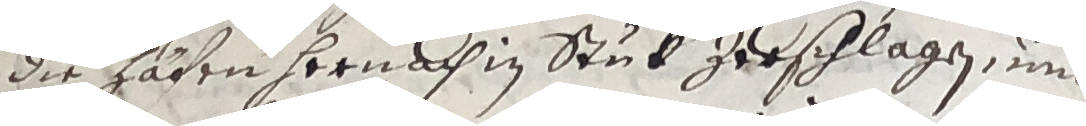
die hähen hernach in stuk zerschlagen und